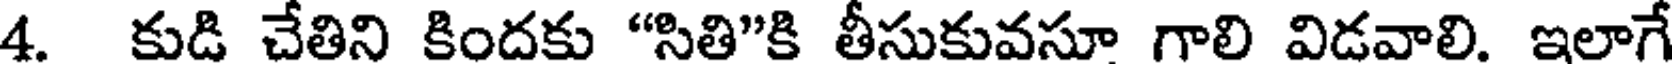
4. కుడి చేతిని కిందకు "సితి"కి తీసుకువసూ గాలి విడవాలి. ఇలాగే